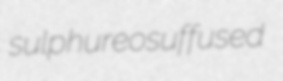
sulphureosuffused